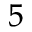
_ 5